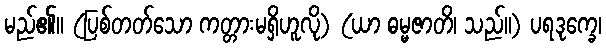
မည်၏။ (ပြစ်တတ်သော ကတ္တားမရှိဟူလို) (ယာ ဓမ္မဇာတိ၊ သည်။) ပရဒုက္ခေ၊